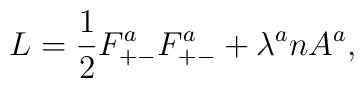
L = {1 \over 2} F^a_{+-} F^a_{+-} + \lambda^a nA^a,